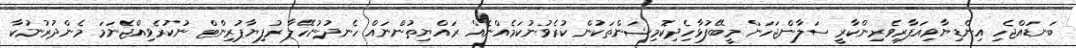
ބަނޑައްޖެހި އިންޑިޔާވިއަފާރިވެރިންކާރީ ސަލާންޖަހަން މީބޭފުޅާހިެދިކޮމިޝަންތަކުން ކުރެވުނުކަމެއްނެއް ރައްޔިތުންނައް ހެނދުނުހޭލާ ރުފިޔާޕުރިންޓް ނުކުރެވިއްޖެނަމަ މެންދުރުނުކާ